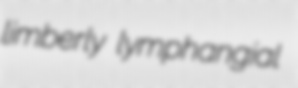
limberly lymphangial